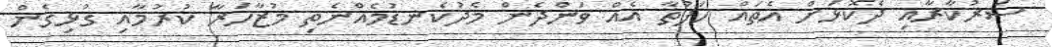
ސަރުކާރާއި ދެކޮޅަށް އެތައް ހަފުތާ އެއް ވަންދެން މެދުކެނޑުމެއްނެތި މުޒާހަރާ ކުރުމާއި ގުޅިގެން